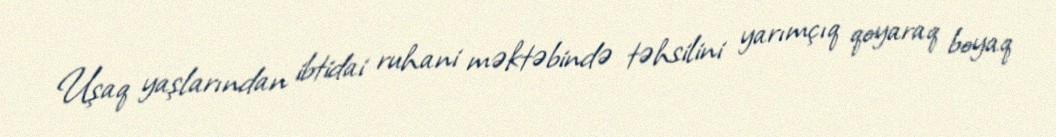
Uşaq yaşlarından ibtidai ruhani məktəbində təhsilini yarımçıq qoyaraq boyaq